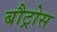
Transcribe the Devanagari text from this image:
बौट्रोस